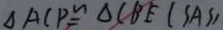
\Delta A C P \cong \Delta C B E ( S A S )